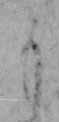
も